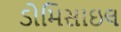
ડોમિસાઇલ